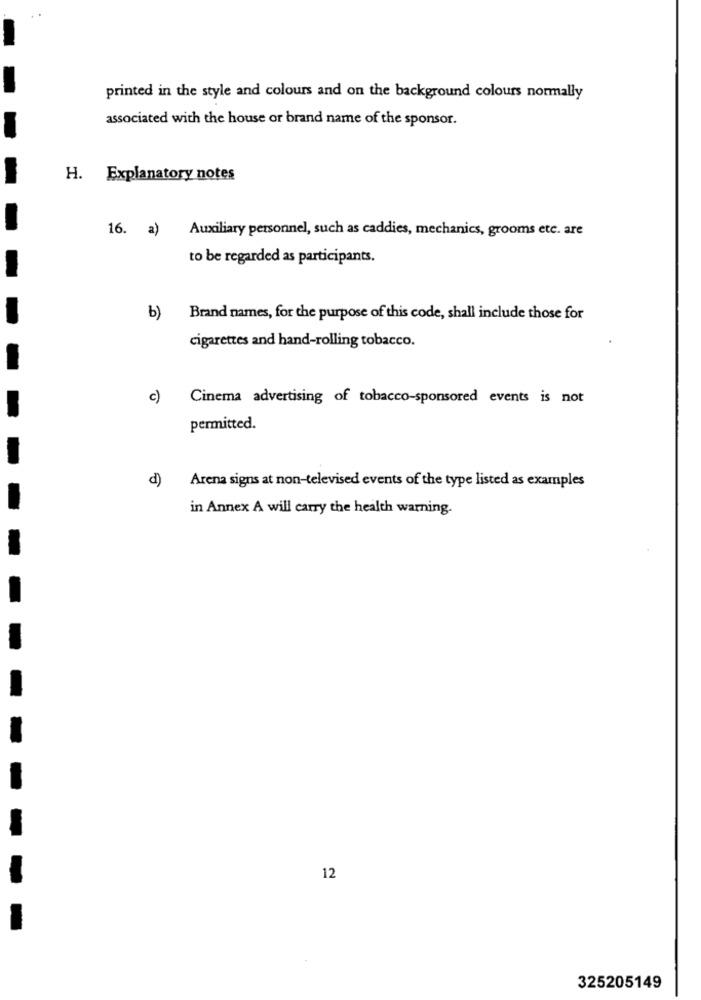
printed in the style and colours and on the background colours normally
associated with the house or brand name of the sponsor.
H. Explanatory notes
16. a)
Auxiliary personnel, such as caddies, mechanics, grooms etc. are
to be regarded as participants.
b)
Brand names, for the purpose of this code, shall include those for
cigarettes and hand-rolling tobacco.
c)
Cinema advertising of tobacco-sponsored events is not
permitted.
d)
Arena signs at non-televised events of the type listed as examples
in Annex A will carry the health warning.
12
325205149